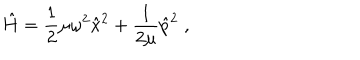
LaTeX: \hat { H } = \frac { 1 } { 2 } \mu \omega ^ { 2 } \hat { x } ^ { 2 } + \frac { 1 } { 2 \mu } \hat { p } ^ { 2 } \; ,